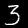
Label: 3